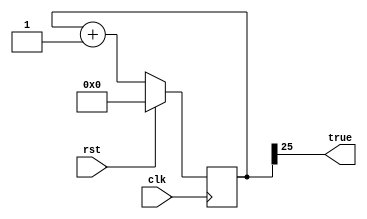
module timer_2 (
    input clk,
    input rst,
    output reg true
  );
  
  
  
  localparam SIZE = 5'h1a;
  
  reg [25:0] M_counter_d, M_counter_q = 1'h0;
  
  always @* begin
    M_counter_d = M_counter_q;
    
    true = M_counter_q[25+0-:1];
    M_counter_d = M_counter_q + 1'h1;
  end
  
  always @(posedge clk) begin
    if (rst == 1'b1) begin
      M_counter_q <= 1'h0;
    end else begin
      M_counter_q <= M_counter_d;
    end
  end
  
endmodule